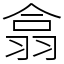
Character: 翕